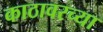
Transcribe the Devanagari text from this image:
काठावरच्या